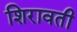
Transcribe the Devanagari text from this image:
शिरावती